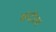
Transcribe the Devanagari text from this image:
कंदीला